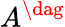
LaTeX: A^{\dag}